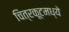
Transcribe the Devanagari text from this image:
चित्रकूटमध्ये